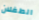
الطفلان